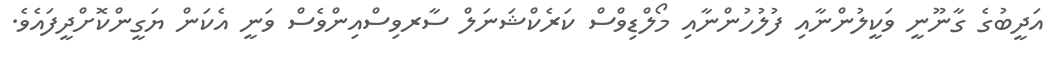
އަދީބުގެ ގާނޫނީ ވަކީލުންނާއި ފުލުހުންނާއި މޯލްޑިވްސް ކަރެކްްޝަނަލް ސާރވިސްއިންވެސްް ވަނީ އެކަން ޔަގީންކޮށްދީފައެވެ.